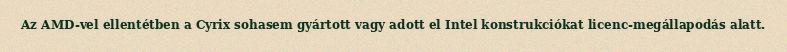
Az AMD-vel ellentétben a Cyrix sohasem gyártott vagy adott el Intel konstrukciókat licenc-megállapodás alatt.